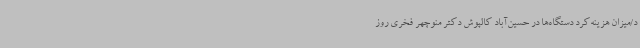
د/میزان هزینه‌کرد دستگاه‌ها در حسین‌آباد کالپوش دکتر منوچهر فخری روز